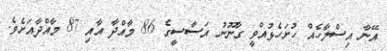
އޭނާ އިސްލާހެއް ހުށަހެޅުއްވީ ގާނޫނު އަސާސީގެ 86 މާއްދާ އާއި 87 މާއްދާއަށެވެ.